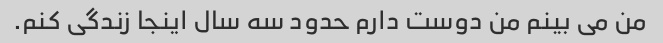
من می بینم من دوست دارم حدود سه سال اینجا زندگی کنم.